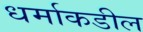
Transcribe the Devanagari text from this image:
धर्माकडील